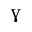
\upgamma